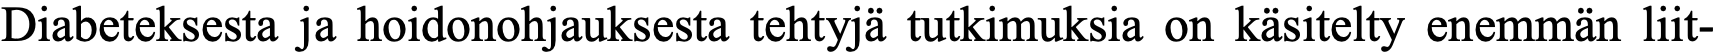
Diabeteksesta ja hoidonohjauksesta tehtyjä tutkimuksia on käsitelty enemmän liit-